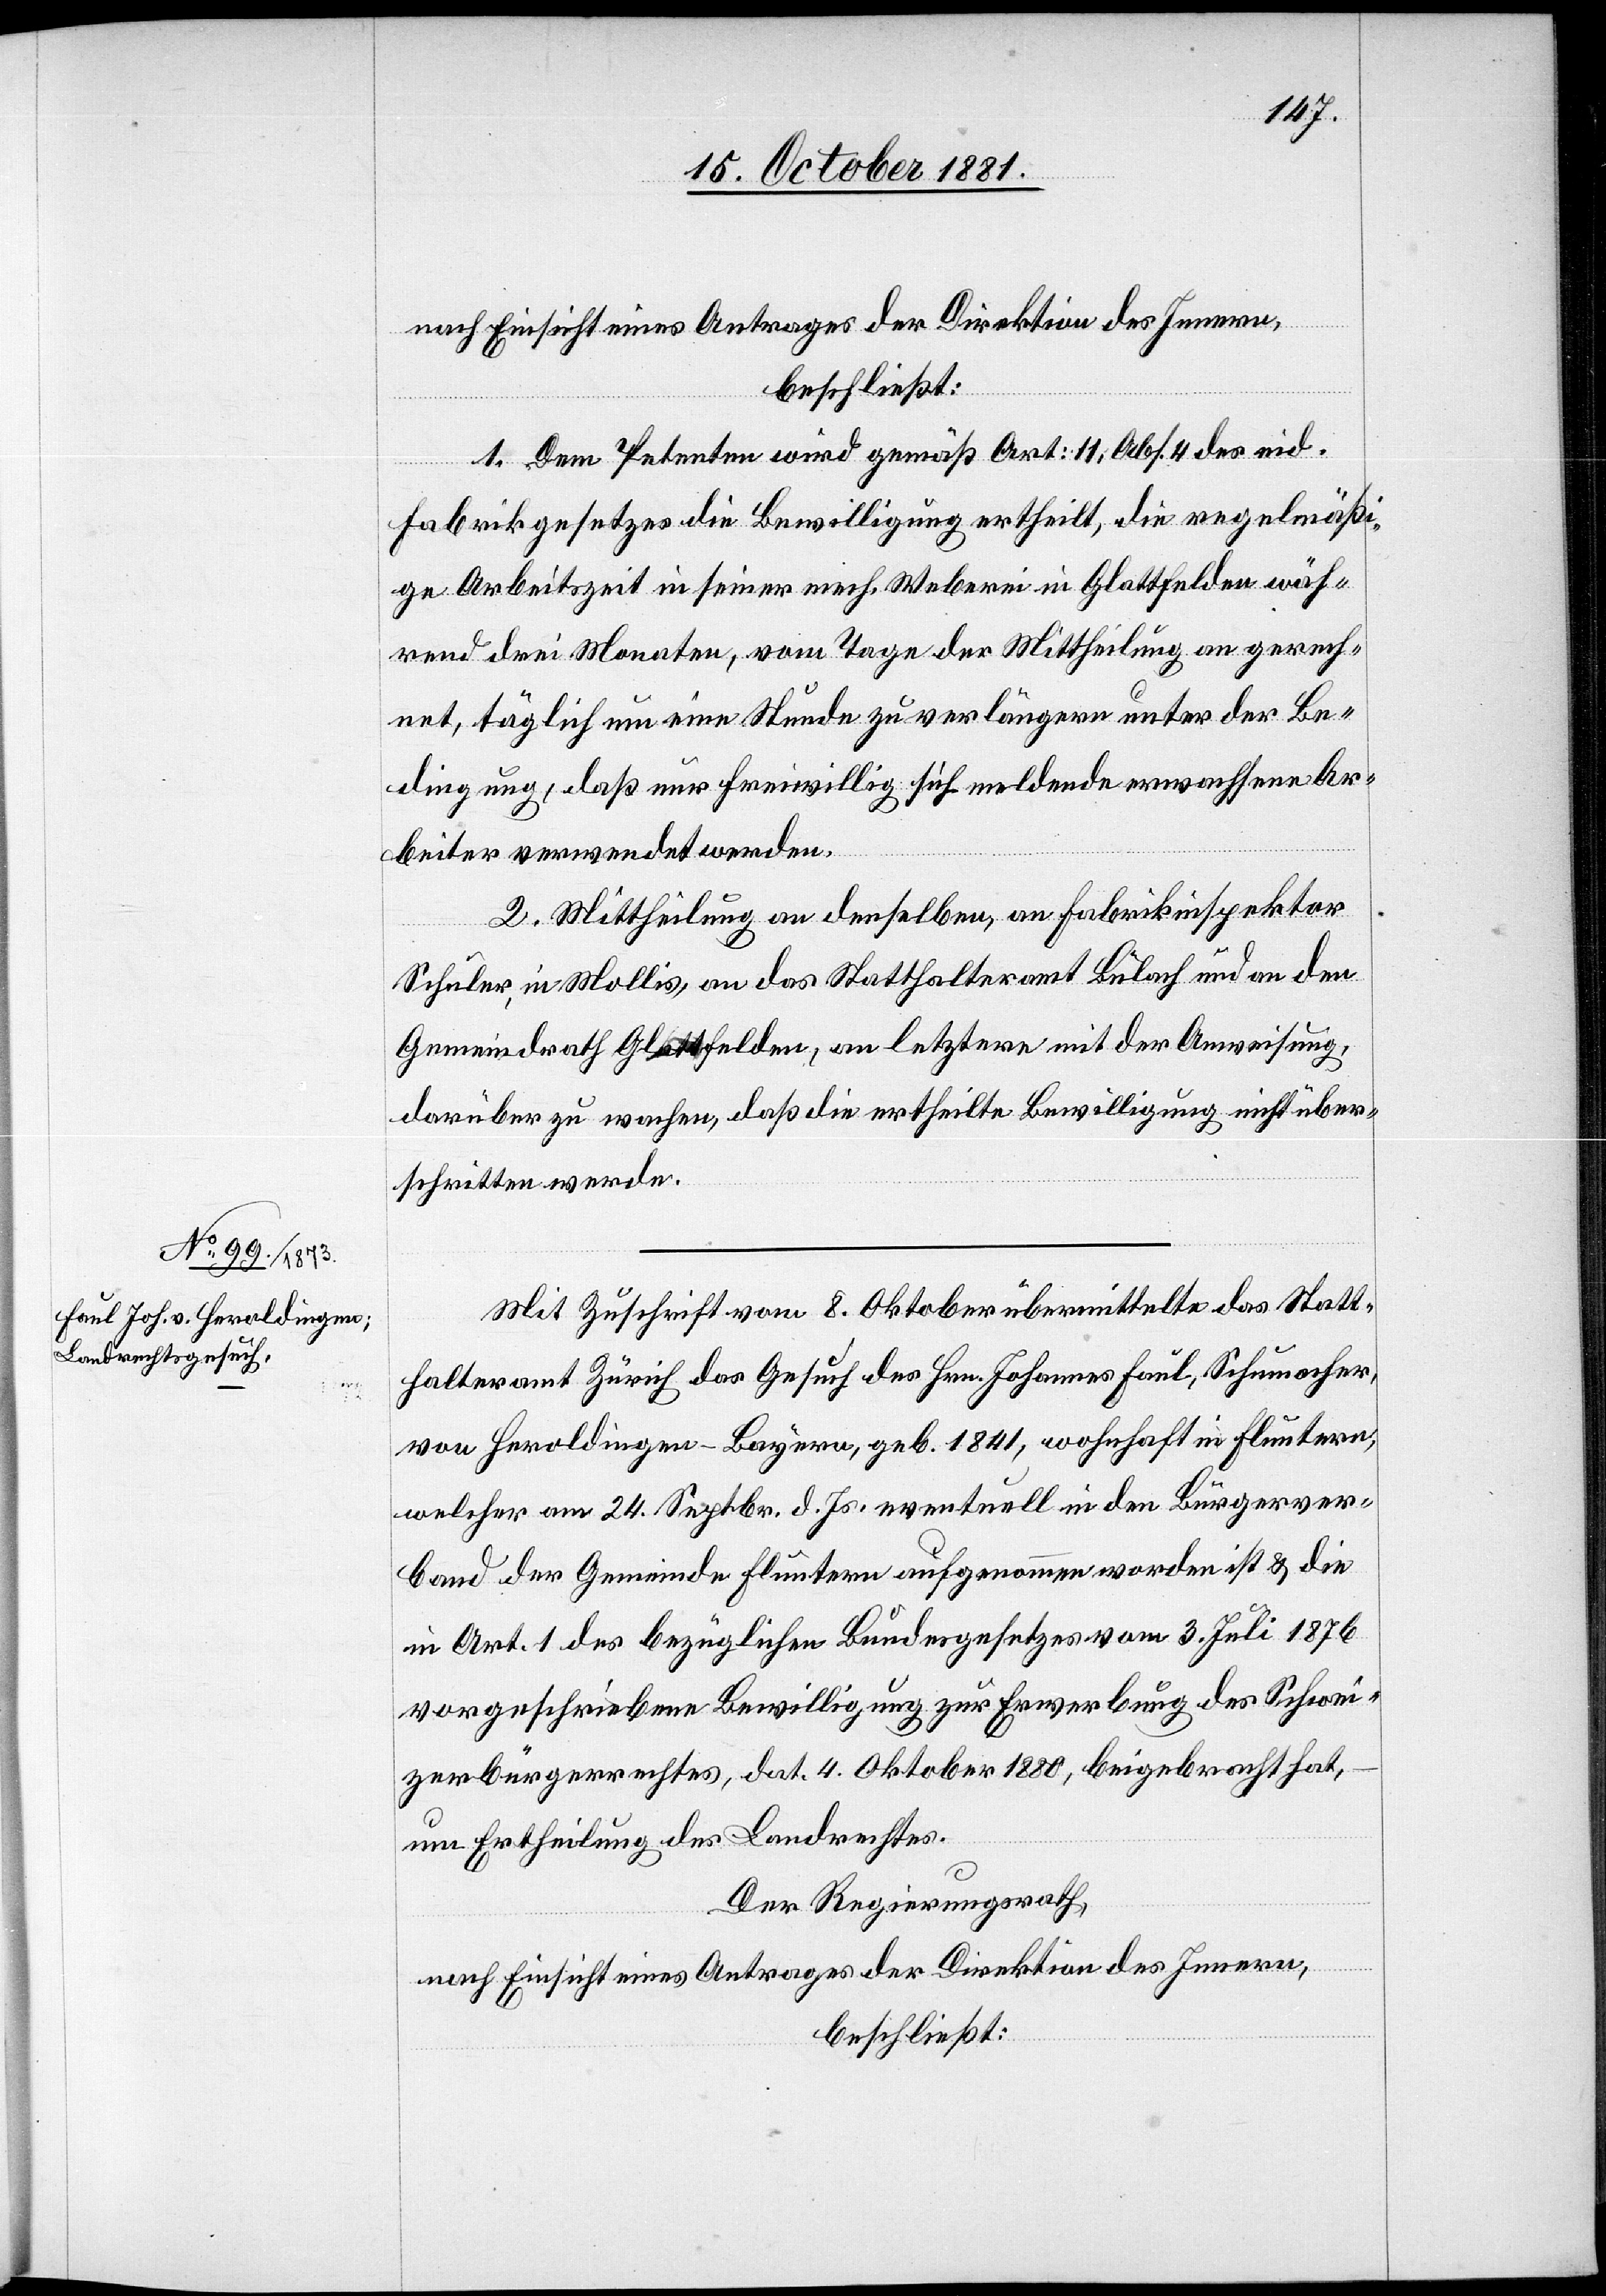
nach Einsicht eines Antrages der Direktion des Innern,
beschließt:
1. Dem Petenten wird gemäß Art: 11, Abs. 4 des eid.
Fabrikgesetzes die Bewilligung ertheilt, die regelmäßi¬
ge Arbeitszeit in seiner mech. Weberei in Glattfelden wäh¬
rend drei Monaten, vom Tage der Mittheilung an gerech¬
net, täglich um eine Stunde zu verlängern unter der Be¬
dingung, daß nur freiwillig sich meldende erwachsene Ar¬
beiter verwendet werden.
2. Mittheilung an denselben, an Fabrikinspektor
Schuler, in Mollis, an das Statthalteramt Bülach und an den
Gemeindrath Glattfelden, an letztern mit der Anweisung,
darüber zu wachen, daß die ertheilte Bewilligung nicht über¬
schritten werde.
Mit Zuschrift vom 8. Oktober übermittelte das Statt¬
halteramt Zürich das Gesuch des Hrn. Johannes Faul, Schumacher,
von Heroldingen-Bayern, geb. 1841, wohnhaft in Fluntern,
welcher am 24. Septbr. d. Js. eventuell in den Bürgerver¬
bund der Gemeinde Fluntern aufgenommen worden ist & die
in Art. 1 des bezüglichen Bundesgesetzes vom 3. Juli 1876
vorgeschriebenen Bewilligung zur Erwerbung des Schwei¬
zerbürgerrechtes, dat. 4. Oktober 1880, beigebracht hat,
um Ertheilung des Landrechtes.
Der Regierungsrath,
nach Einsicht eines Antrages der Direktion des Innern,
beschließt: